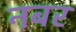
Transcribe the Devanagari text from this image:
नबर